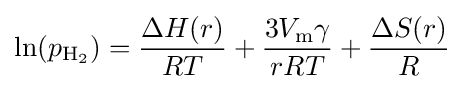
\ln(p_{\mathrm {H_{\mathrm {2} }} })={\frac {\Delta H(r)}{RT}}+{\frac {3V_{\mathrm {m} }\gamma }{rRT}}+{\frac {\Delta S(r)}{R}}